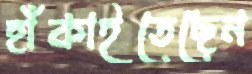
হাঁকাইতেছেন